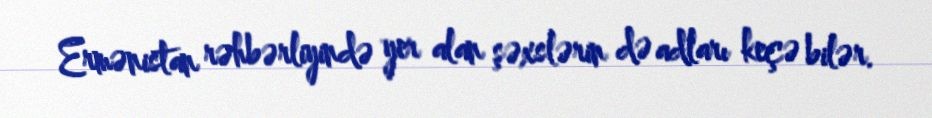
Ermənistan rəhbərliyində yer alan şəxslərin də adları keçə bilər.